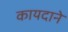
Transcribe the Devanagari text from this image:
कायदाने